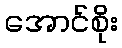
အောင်စိုး